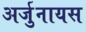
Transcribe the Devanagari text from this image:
अर्जुनायस